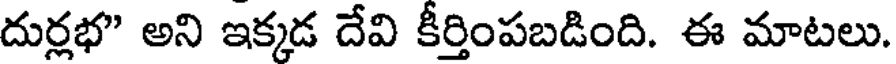
దుర్లభ" అని ఇక్కడ దేవి కీర్తింపబడింది. ఈ మాటలు.